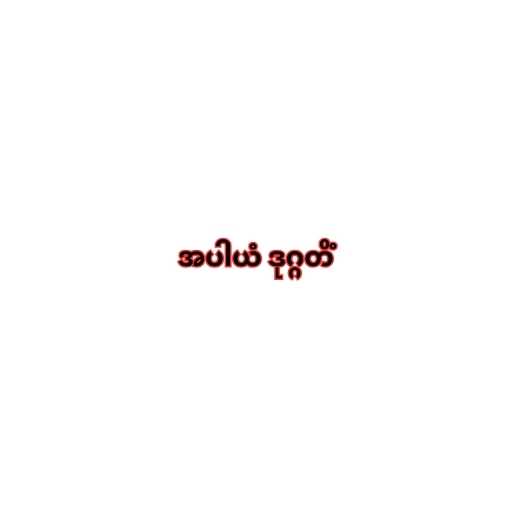
အပါယံ ဒုဂ္ဂတိံ